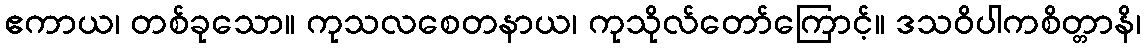
ဧကာယ၊ တစ်ခုသော။ ကုသလစေတနာယ၊ ကုသိုလ်တော်ကြောင့်။ ဒသဝိပါကစိတ္တာနိ၊